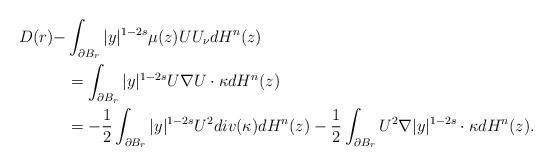
LaTeX: \begin{align*}D(r)-&\int_{\partial B_r}|y|^{1-2s}\mu(z)UU_\nu dH^n(z)\\&=\int_{\partial B_r}|y|^{1-2s}U\nabla U\cdot\kappa dH^n(z)\\&=-\frac{1}{2}\int_{\partial B_r}|y|^{1-2s}U^2div(\kappa) dH^n(z)-\frac{1}{2}\int_{\partial B_r}U^2\nabla |y|^{1-2s}\cdot\kappa dH^n(z).\end{align*}